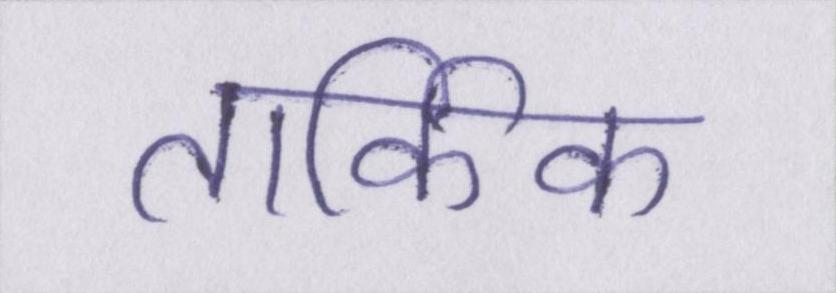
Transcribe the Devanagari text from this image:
तार्किक